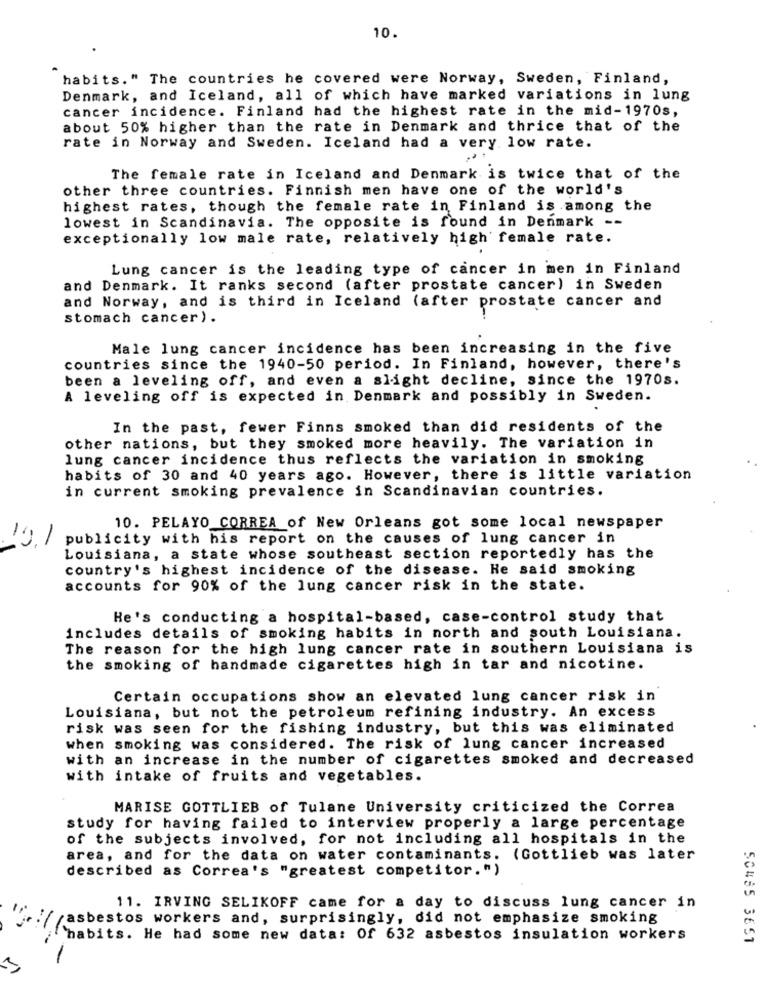
10.
habits." The countries he covered were Norway, Sweden, Finland,
Denmark, and Iceland, all of which have marked variations in lung
cancer incidence. Finland had the highest rate in the mid-1970s,
about 50% higher than the rate in Denmark and thrice that of the
rate in Norway and Sweden. Iceland had a very. low rate.
...
The female rate in Iceland and Denmark is twice that of the
other three countries. Finnish men have one of the world's
highest rates, though the female rate in Finland is among the
lowest in Scandinavia. The opposite is found in Denmark --
exceptionally low male rate, relatively high female rate.
Lung cancer is the leading type of cancer in men in Finland
and Denmark. It ranks second (after prostate cancer) in Sweden
and Norway, and is third in Iceland (after prostate cancer and
stomach cancer).
Male lung cancer incidence has been increasing in the five
countries since the 1940-50 period. In Finland, however, there's
been a leveling off, and even a slight decline, since the 1970s.
A leveling off is expected in Denmark and possibly in Sweden.
In the past, fewer Finns smoked than did residents of the
other nations, but they smoked more heavily. The variation in
lung cancer incidence thus reflects the variation in smoking
habits of 30 and 40 years ago. However, there is little variation
in current smoking prevalence in Scandinavian countries.
10. PELAYO CORREA of New Orleans got some local newspaper
19.1
publicity with his report on the causes of lung cancer in
Louisiana, a state whose southeast section reportedly has the
country's highest incidence of the disease. He said smoking
accounts for 90% of the lung cancer risk in the state.
He's conducting a hospital-based, case-control study that
includes details of smoking habits in north and south Louisiana.
The reason for the high lung cancer rate in southern Louisiana is
the smoking of handmade cigarettes high in tar and nicotine.
Certain occupations show an elevated lung cancer risk in
Louisiana, but not the petroleum refining industry. An excess
risk was seen for the fishing industry, but this was eliminated
when smoking was considered. The risk of lung cancer increased
with an increase in the number of cigarettes smoked and decreased
with intake of fruits and vegetables.
MARISE GOTTLIEB of Tulane University criticized the Correa
study for having failed to interview properly a large percentage
of the subjects involved, for not including all hospitals in the
area, and for the data on water contaminants. (Gottlieb was later
described as Correa's "greatest competitor.")
11. IRVING SELIKOFF came for a day to discuss lung cancer in
asbestos workers and, surprisingly, did not emphasize smoking
``habits. He had some new data: Of 632 asbestos insulation workers
50485 3651
-